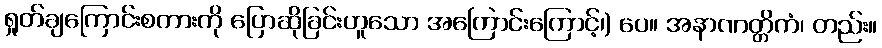
ရှုတ်ချကြောင်းစကားကို ပြောဆိုခြင်းဟူသော အကြောင်းကြောင့်၊) ပေ။ အနာဏတ္တိကံ၊ တည်း။